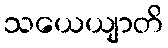
သယေယျာတိ